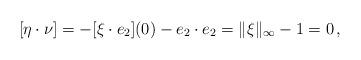
LaTeX: \begin{align*}[\eta \cdot \nu] = -[\xi \cdot e_2](0) - e_2 \cdot e_2 = \|\xi\|_\infty - 1 = 0\,,\end{align*}